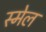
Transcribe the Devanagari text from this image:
स्मेल